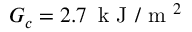
G _ { c } = 2 . 7 \, \textrm { k J } / \textrm { m } ^ { 2 }